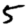
Digit: 5